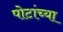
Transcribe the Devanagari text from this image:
पोटांच्या